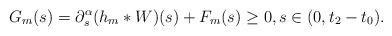
LaTeX: \begin{align*}G_{m}(s) = \partial_{s}^{\alpha}(h_{m}*W)(s) + F_{m}(s) \geq 0, s\in (0,t_{2}-t_{0}).\end{align*}